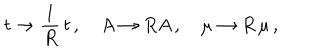
t \rightarrow \frac { 1 } { R } \, t \, , \quad A \rightarrow R A \, , \quad \mu \rightarrow R \, \mu \, ,